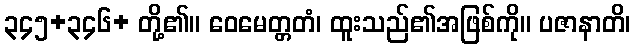
၃၄၅+၃၄၆+ တို့၏။ ဝေမေတ္တတံ၊ ထူးသည်၏အဖြစ်ကို။ ပဇာနာတိ၊